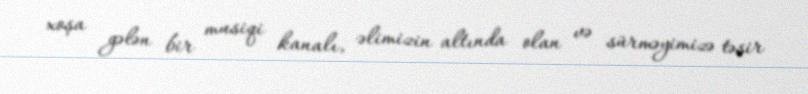
xoşa gələn bir musiqi kanalı, əlimizin altında olan və sürməyimizə təsir